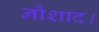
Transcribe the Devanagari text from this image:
नौशाद।